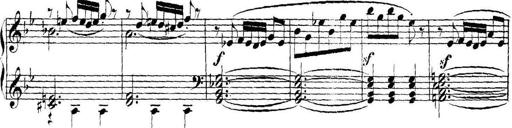
Title: Collected Piano Sonatas
Composer: Muzio Clementi